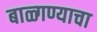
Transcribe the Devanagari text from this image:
बाळ्गण्याचा